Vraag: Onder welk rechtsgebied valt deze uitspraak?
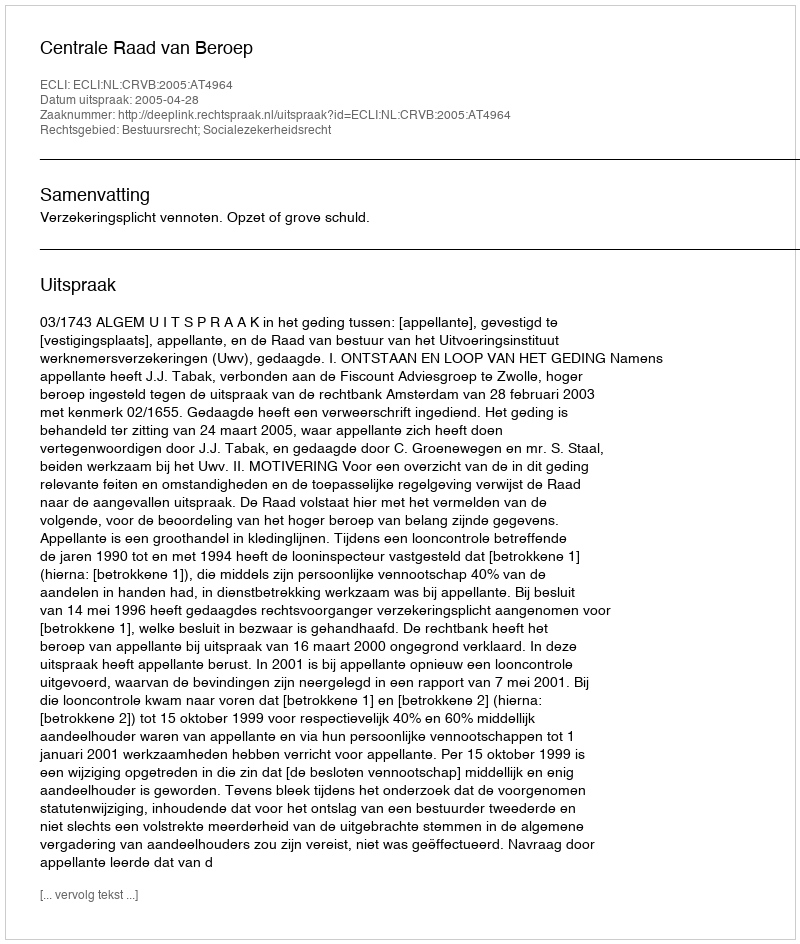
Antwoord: Bestuursrecht; Socialezekerheidsrecht